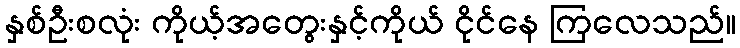
နှစ်ဦးစလုံး ကိုယ့်အတွေးနှင့်ကိုယ် ငိုင်နေ ကြလေသည်။